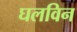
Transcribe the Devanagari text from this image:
घलविन